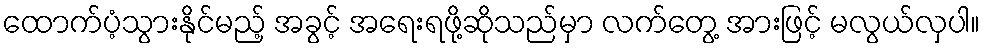
ထောက်ပံ့သွားနိုင်မည့် အခွင့် အရေးရဖို့ဆိုသည်မှာ လက်တွေ့ အားဖြင့် မလွယ်လှပါ။